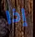
إذا